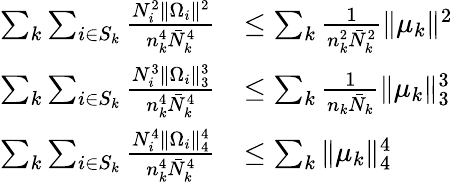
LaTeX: \begin{array}{rl}{\sum_{k}\sum_{i\in S_{k}}\frac{N_{i}^{2}\| \Omega_{i}\| ^{2}}{n_{k}^{4}\bar{N}_{k}^{4}}}&{\leq\sum_{k}\frac{1}{n_{k}^{2}\bar{N}_{k}^{2}}\| \mu_{k}\| ^{2}}\\ {\sum_{k}\sum_{i\in S_{k}}\frac{N_{i}^{3}\| \Omega_{i}\| _{3}^{3}}{n_{k}^{4}\bar{N}_{k}^{4}}}&{\leq\sum_{k}\frac{1}{n_{k}\bar{N}_{k}}\| \mu_{k}\| _{3}^{3}}\\ {\sum_{k}\sum_{i\in S_{k}}\frac{N_{i}^{4}\| \Omega_{i}\| _{4}^{4}}{n_{k}^{4}\bar{N}_{k}^{4}}}&{\leq\sum_{k}\| \mu_{k}\| _{4}^{4}}\end{array}